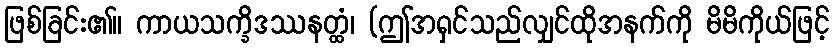
ဖြစ်ခြင်း၏။ ကာယသက္ခိဒဿနတ္ထံ၊ (ဤအရှင်သည်လျှင်ထိုအနက်ကို မိမိကိုယ်ဖြင့်